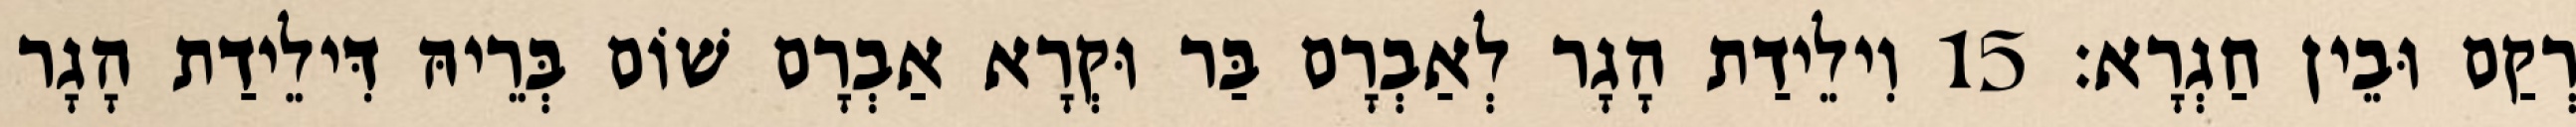
רְקַם וּבֵין חַגְרָא׃ 15 וִילֵידַת הָגָר לְאַבְרָם בַּר וּקְרָא אַבְרָם שׁוֹם בְּרֵיהּ דִּילֵידַת הָגָר